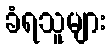
ခံရသူများ